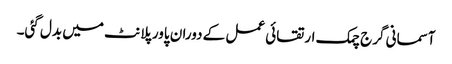
آسمانی گرج چمک ارتقائی عمل کے دوران پاور پلانٹ میں بدل گئی۔